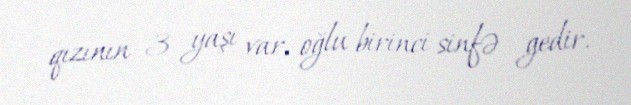
qızının 3 yaşı var, oğlu birinci sinfə gedir.